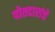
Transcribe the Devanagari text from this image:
पोतदारांचे